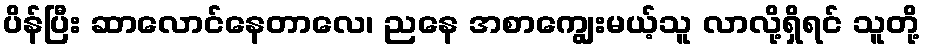
ပိန်ပြီး ဆာလောင်နေတာလေ၊ ညနေ အစာကျွေးမယ့်သူ လာလို့ရှိရင် သူတို့